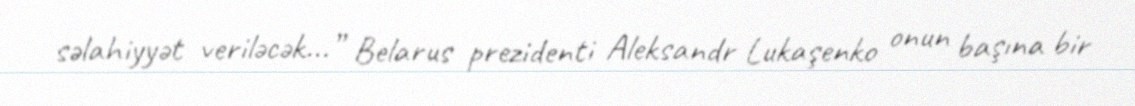
səlahiyyət veriləcək...” Belarus prezidenti Aleksandr Lukaşenko onun başına bir